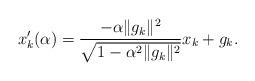
LaTeX: \begin{align*}x_k'(\alpha)=\frac{-\alpha\|g_k\|^2}{\sqrt{1-\alpha^2\|g_k\|^2}}x_k+g_k.\end{align*}